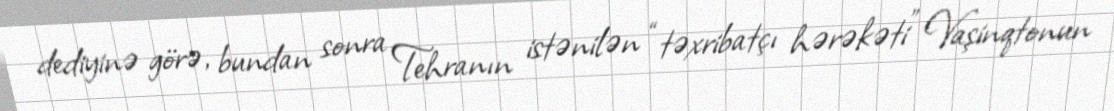
dediyinə görə, bundan sonra Tehranın istənilən “təxribatçı hərəkəti” Vaşinqtonun